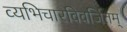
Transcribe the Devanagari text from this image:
व्यभिचारविवर्जितम्